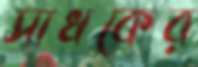
সাধকের